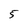
Character: 5